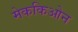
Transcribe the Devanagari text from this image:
मेककिओन